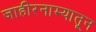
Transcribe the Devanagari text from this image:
जाहीरनाम्यातून